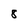
Character: 8